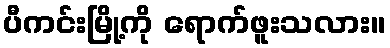
ပီကင်းမြို့ကို ရောက်ဖူးသလား။